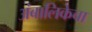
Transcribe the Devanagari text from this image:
अंबालिकेचा